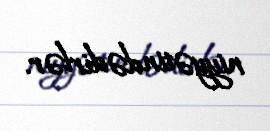
niyyətindədirlər.